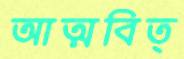
আত্মবিত্